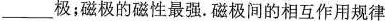
___极；磁极的磁性最强。磁极间的相互作用规律